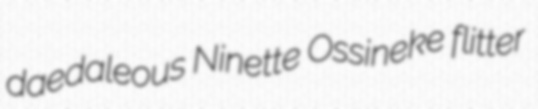
daedaleous Ninette Ossineke flitter